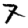
Digit: 7